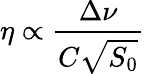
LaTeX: \eta\propto\frac{\Delta\nu}{C\sqrt{S_{0}}}